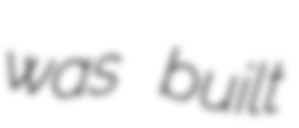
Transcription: was built